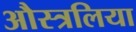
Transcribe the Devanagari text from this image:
औस्त्रलिया